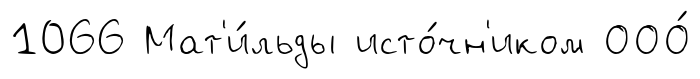
1066 Мат'и́льды исто́чн'иком ООО́